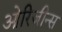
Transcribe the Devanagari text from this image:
ओरिजीन्स